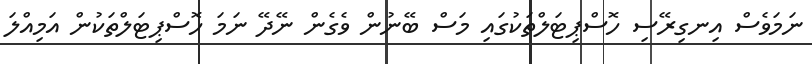
ނަމަވެސް އިނގިރޭސި ހޮސްޕިޓަލްތަކުގައި މަސް ބޭނުން ވެގެން ނޭދޭ ނަމަ ހޮސްޕިޓަލްތަކުން އަމިއްލަ